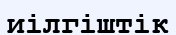
иілгіштік